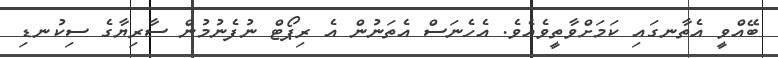
ބޭއްވީ އެތާނގައި ކަމަށްވާތީވެއެވެ. އެހެނަސް އެތަނުން އެ ރިޕޯޓް ނުފެނުމުން ސާރިޔާގެ ސިކުނޑި